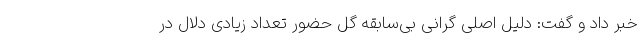
خبر داد و گفت: دلیل اصلی گرانی بی‌سابقه گل حضور تعداد زیادی دلال در